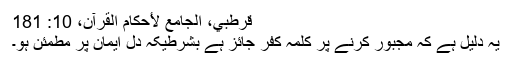
قرطبي، الجامع لأحكام القرآن، 10: 181
یہ دلیل ہے کہ مجبور کرنے پر کلمہ کفر جائز ہے بشرطیکہ دل ایمان پر مطمئن ہو۔